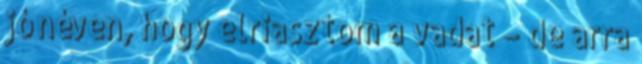
jó néven, hogy elriasztom a vadat – de arra